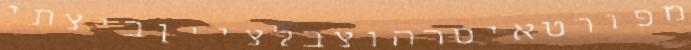
מפורטאיסרהוצבלצייןביצתי